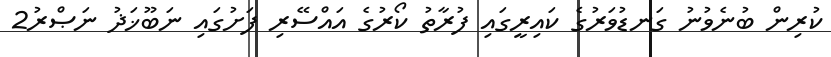
ކުރިން ބުނެވުނު ގަނޑުވަރުގެ ކައިރީގައި ފުރާތު ކޯރުގެ އައްސޭރި ފަށުގައި ނަބޫޚަޛު ނަޞްރު2